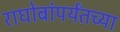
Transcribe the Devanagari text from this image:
राघोबांपर्यंतच्या